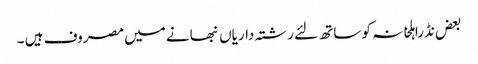
بعض نڈراہلخانہ کو ساتھ لئے رشتہ داریاں نبھانے میں مصروف ہیں ۔